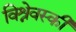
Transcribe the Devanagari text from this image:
विश्नेवस्की